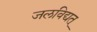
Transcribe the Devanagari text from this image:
जलविद्यत्